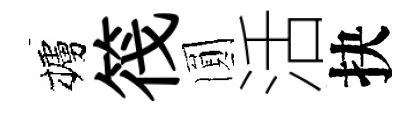
櫨筏圎活抉